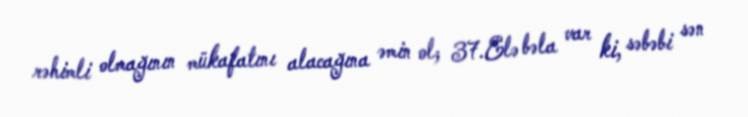
rəhimli olmağının mükafatını alacağına əmin ol; 37.Elə bəla var ki, səbəbi sən